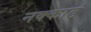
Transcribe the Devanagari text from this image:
नक्काडं